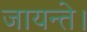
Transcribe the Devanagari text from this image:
जायन्ते।